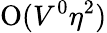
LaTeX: \mathrm{O}(V^{0}\eta^{2})